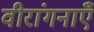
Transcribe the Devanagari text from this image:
वीरांगनाएँ